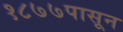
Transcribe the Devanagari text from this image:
१८७७पासून